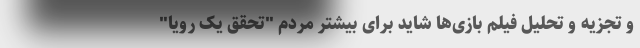
و تجزیه و تحلیل فیلم‌ بازی‌ها شاید برای بیشتر مردم "تحقق یک رویا"